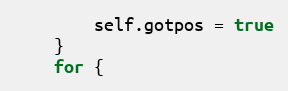
Language: Go
		self.gotpos = true
	}
	for {